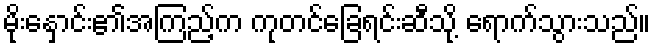
မိုးနှောင်း၏အကြည့်က ကုတင်ခြေရင်းဆီသို့ ရောက်သွားသည်။